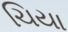
ચિયા